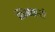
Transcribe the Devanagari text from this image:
शिनतारो